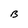
Character: B